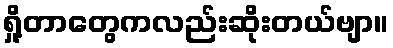
ရှို့တာတွေကလည်းဆိုးတယ်ဗျာ။